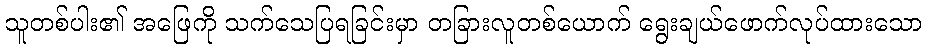
သူတစ်ပါး၏ အဖြေကို သက်သေပြရခြင်းမှာ တခြားလူတစ်ယောက် ရွေးချယ်ဖောက်လုပ်ထားသော